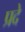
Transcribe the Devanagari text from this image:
प्रदे